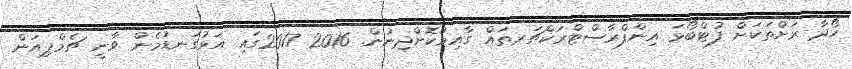
ހޯދާ ރަށްތަކަށް ފުޓްބޯޅަ އިންފްރާސްޓްރަކްޗަރތައް ގާއިމުކޮށްދިނުން. 2016 2017ގައި އަޅުގަނޑުމެން ވާނީ ޗެމްޕިއަން